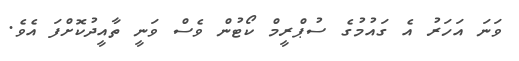
ވަނަ އަހަރު އެ ގައުމުގެ ސުޕްރީމް ކޯޓުން ވެސް ވަނީ ތާއީދުކޮށްފަ އެވެ.